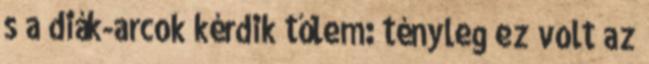
s a diák-arcok kérdik tőlem: tényleg ez volt az